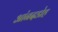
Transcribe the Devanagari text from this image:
आंनदडोह